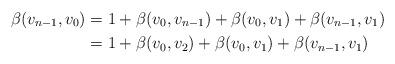
LaTeX: \begin{align*}\beta(v_{n-1},v_{0}) & =1+\beta(v_{0},v_{n-1})+\beta(v_{0},v_{1})+\beta(v_{n-1},v_{1})\\& =1+\beta(v_{0},v_{2})+\beta(v_{0},v_{1})+\beta(v_{n-1},v_{1})\end{align*}